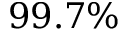
9 9 . 7 \%